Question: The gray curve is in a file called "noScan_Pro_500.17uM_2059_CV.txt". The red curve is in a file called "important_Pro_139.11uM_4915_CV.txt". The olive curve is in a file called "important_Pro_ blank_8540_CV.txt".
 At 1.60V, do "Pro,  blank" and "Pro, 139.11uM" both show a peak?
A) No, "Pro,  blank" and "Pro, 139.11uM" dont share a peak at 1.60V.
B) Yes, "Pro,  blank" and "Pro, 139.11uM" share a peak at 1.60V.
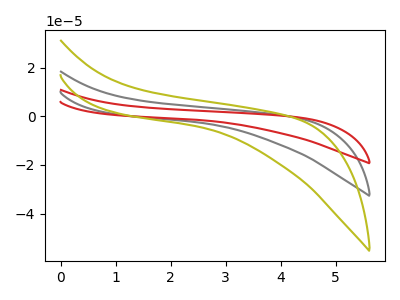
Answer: <think>The gray curve "Pro, 500.17uM" has no peaks. The red curve "Pro, 139.11uM" has no peaks. The olive curve "Pro,  blank" has no peaks.</think>
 <answer>A) No, "Pro,  blank" and "Pro, 139.11uM" dont share a peak at 1.60V.</answer>
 <eval>A</eval>